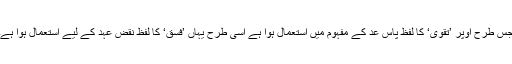
جس طرح اوپر ’تقوٰی‘ کا لفظ پاس عد کے مفہوم میں استعمال ہوا ہے اسی طرح یہاں ’فسق‘ کا لفظ نقض عہد کے لیے استعمال ہوا ہے۔